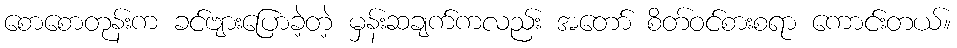
စောစောတုန်းက ခင်ဗျားပြောခဲ့တဲ့ မှန်းဆချက်ကလည်း အတော် စိတ်ဝင်စားစရာ ကောင်းတယ်။